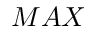
M A X